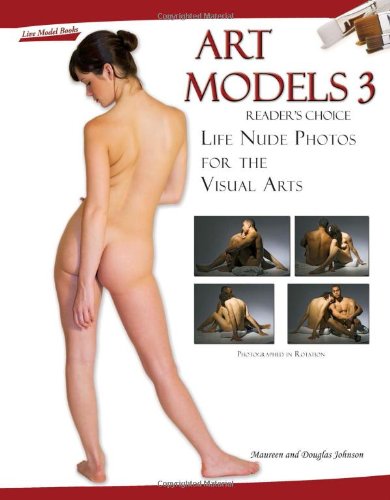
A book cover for Art Models 3: Life Nude Photos for the Visual Arts (Art Models series) (No. 3); Maureen Johnson; Arts & Photography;